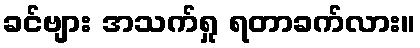
ခင်ဗျား အသက်ရှု ရတာခက်လား။